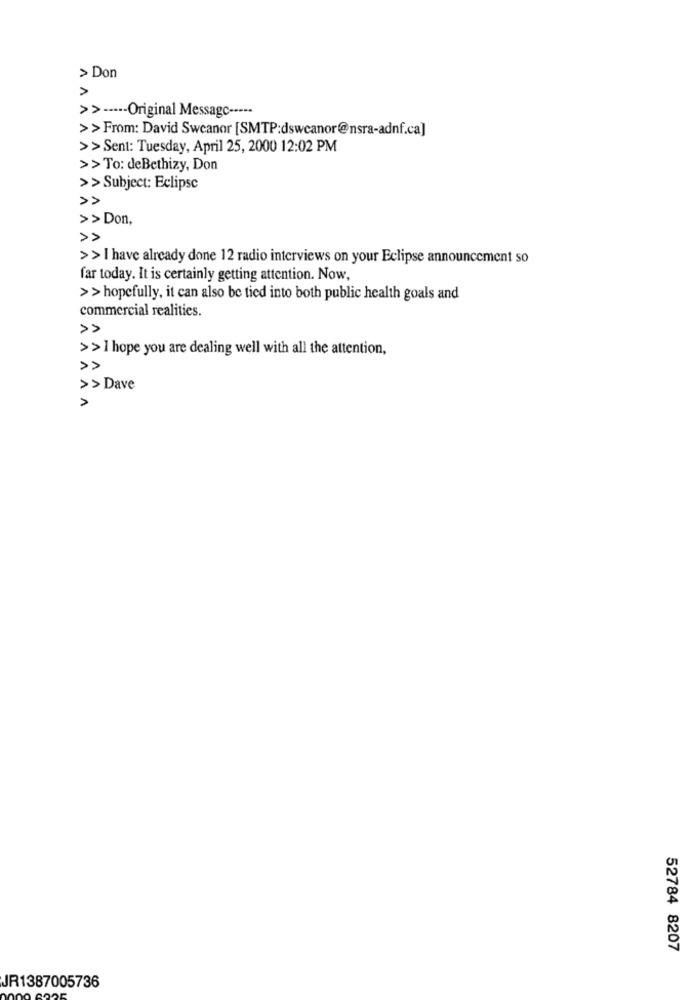
> Don
>> ----- Original Message -----
>>From: David Sweanor [SMTP:dswcanor@nsra-adnf.ca]
>> Sent: Tuesday, April 25, 2000 12:02 PM
>> To: deBethizy, Don
>> Subject: Eclipse
>> Don,
>>
>> I have already done 12 radio interviews on your Eclipse announcement so
far today. It is certainly getting attention. Now,
>> hopefully, it can also be tied into both public health goals and
commercial realities.
>> I hope you are dealing well with all the attention,
>> Dave
52784 8207
JR1387005736